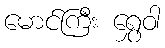
မောင်ကြီး ရွှေဝါ